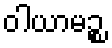
ဝါယာမဉ္စ